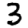
Digit: 3